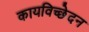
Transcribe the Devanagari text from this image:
कायविच्छेदन